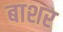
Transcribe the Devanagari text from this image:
बाशर